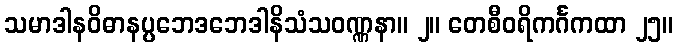
သမာဒါနဝိဓာနပ္ပဘေဒဘေဒါနိသံသဝဏ္ဏနာ။ ၂။ တေစီဝရိကင်္ဂကထာ ၂၅။